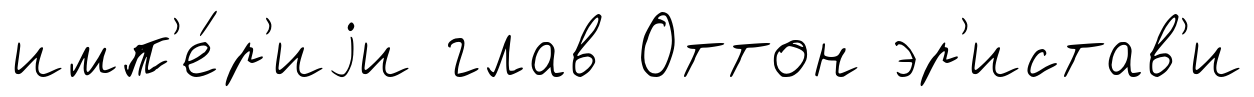
имп'е́р'иjи глав Оттон эр'истав'и